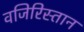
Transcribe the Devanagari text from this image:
वजिरिस्तान